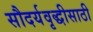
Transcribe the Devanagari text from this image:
सौदर्यवृद्धीसाठी